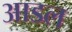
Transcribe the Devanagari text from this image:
आडल